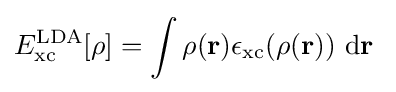
E_{\rm {xc}}^{\mathrm {LDA} }[\rho ]=\int \rho (\mathbf {r} )\epsilon _{\rm {xc}}(\rho (\mathbf {r} ))\ \mathrm {d} \mathbf {r} \